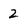
Character: 2